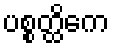
ပစ္စတ္ထိကေ